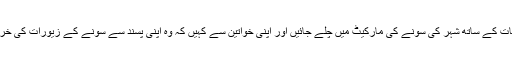
آپ اپنی بیگمات کے ساتھ شہر کی سونے کی مارکیٹ میں چلے جائیں اور اپنی خواتین سے کہیں کہ وہ اپنی پسند سے سونے کے زیورات کی خریداری کریں۔